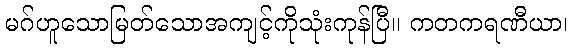
မဂ်ဟူသောမြတ်သောအကျင့်ကိုသုံးကုန်ပြီ။ ကတကရဏီယာ၊